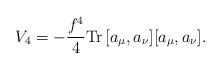
LaTeX: \begin{align*}V_4 = - \frac{f^4}{4} \textrm{Tr} \, [ a_{\mu},a_{\nu} ] [a_{\mu},a_{\nu} ] .\end{align*}